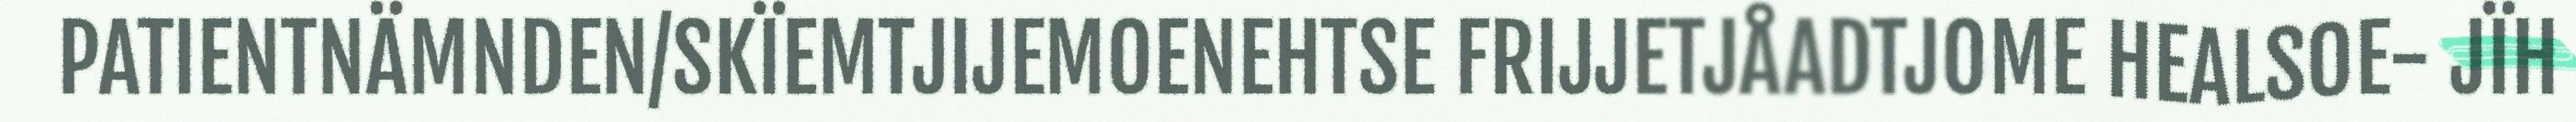
PATIENTNÄMNDEN/SKÏEMTJIJEMOENEHTSE FRIJJETJÅADTJOME HEALSOE- JÏH